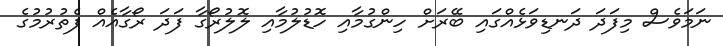
ނަމަވެސް މިފަދަ ދަނޑިވަޅެއްގައި ބޭރަށް ހިންގުމާއި ހޮޑުލުމާއި ލޮލުރޯގާ ފަދަ ރޯގާއެއް ފެތުރުމުގެ